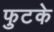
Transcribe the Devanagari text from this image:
फुटके